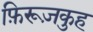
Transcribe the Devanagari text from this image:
फ़िरूज़कुह